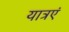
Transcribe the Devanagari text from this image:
यात्रएं